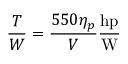
{ \frac { T } { W } } = { \frac { 5 5 0 \eta _ { p } } { V } } { \frac { \mathrm { h p } } { \mathrm { W } } }